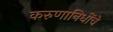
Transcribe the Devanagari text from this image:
करुणानिधींचे